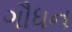
ગૌધન